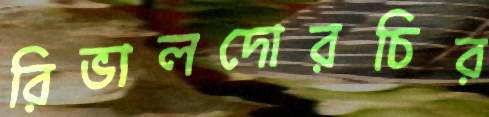
রিভালদোরচির